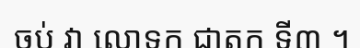
ចប់ វា លោទក ជាតក ទី៣ ។